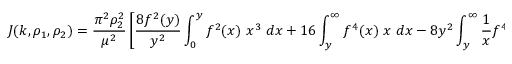
J ( k , \rho _ { 1 } , \rho _ { 2 } ) = { \frac { \pi ^ { 2 } \rho _ { 2 } ^ { 2 } } { \mu ^ { 2 } } } \left[ { \frac { 8 f ^ { 2 } ( y ) } { y ^ { 2 } } } \int _ { 0 } ^ { y } f ^ { 2 } ( x ) \ x ^ { 3 } \ d x + 1 6 \int _ { y } ^ { \infty } f ^ { 4 } ( x ) \ x \ d x - 8 y ^ { 2 } \int _ { y } ^ { \infty } \frac { 1 } { x } f ^ { 4 } ( x ) \ d x \right] \equiv { \frac { \pi ^ { 2 } \rho _ { 2 } ^ { 2 } } { \mu ^ { 2 } } } R ( y ) .